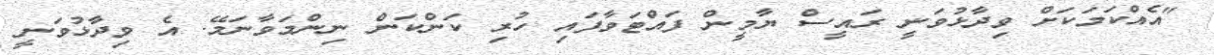
"އެއްކަމަކަށް ވިދާޅުވަނީ ރައީސް ޔާމީން ފައްޓަވާފައި ހުރި ކަންކަން ނިންމަވާނަމޭ. އެ ވިދާޅުވަނީ